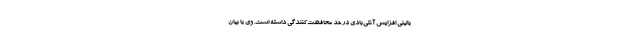
بالینی افزایش آنتی‌بادی در حد محافظت‌کنندگی داشته است. وی با بیان